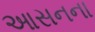
આસનના